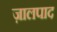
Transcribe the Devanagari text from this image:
ज़ालपाद